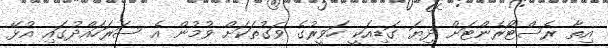
އިތާ ރެސްޓޯރެންޓަށް ދިޔަ ގަޑިއަކީ ހަވީރުގެ ވަގުތަކަށް ވުމުން އެ ސަރަހައްދުގައި އުޅޭ